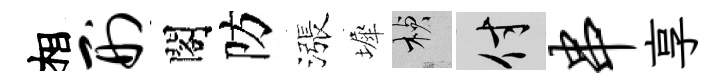
相刑閣防漲墀楨付串享